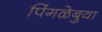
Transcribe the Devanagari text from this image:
पिंगळेबुवा